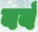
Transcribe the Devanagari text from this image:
बबं